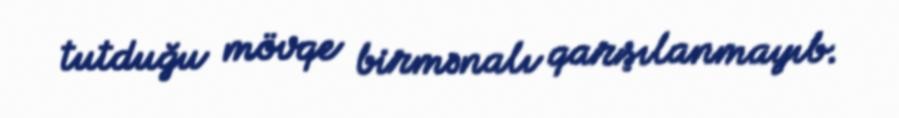
tutduğu mövqe birmənalı qarşılanmayıb.